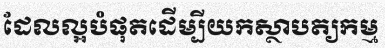
ដែលល្អបំផុតដើម្បីយកស្ថាបត្យកម្ម